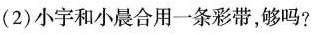
（2）小宇和小晨合用一条彩带，够吗？